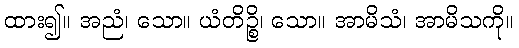
ထား၍။ အညံ၊ သော။ ယံတိဉ္စိ၊ သော။ အာမိသံ၊ အာမိသကို။